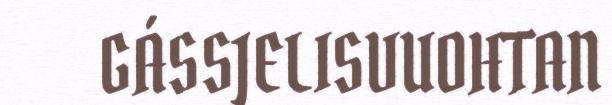
GÁSSJELISVUOHTAN